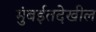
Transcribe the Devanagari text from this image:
मुंबईतदेखील